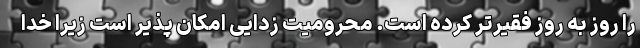
را روز به روز فقیرتر کرده است. محرومیت زدایی امکان پذیر است زیرا خدا